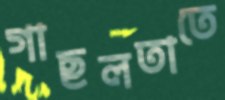
গাছলতাতে